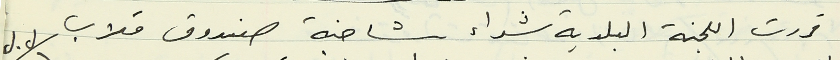
قررت اللجنة البلدية شراء شاحنة صندوق قلاب